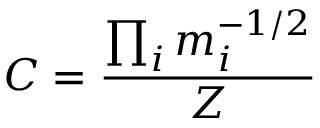
C = \frac { \prod _ { i } m _ { i } ^ { - 1 / 2 } } { Z }